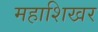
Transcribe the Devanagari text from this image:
महाशिखर